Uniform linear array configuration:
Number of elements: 12
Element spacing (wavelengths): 0.75
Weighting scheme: exponential
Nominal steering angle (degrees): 60
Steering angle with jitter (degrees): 61.242
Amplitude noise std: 0.05
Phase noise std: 0.05

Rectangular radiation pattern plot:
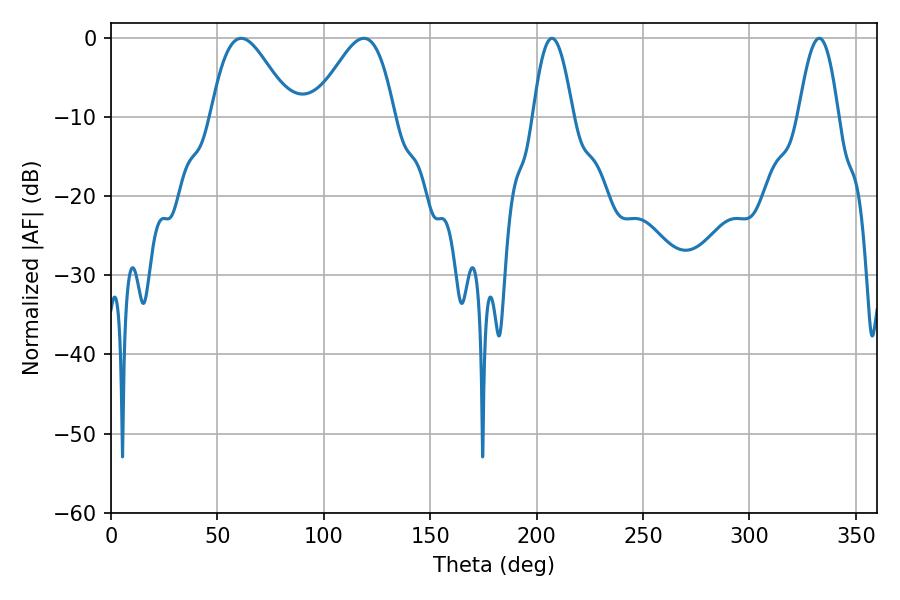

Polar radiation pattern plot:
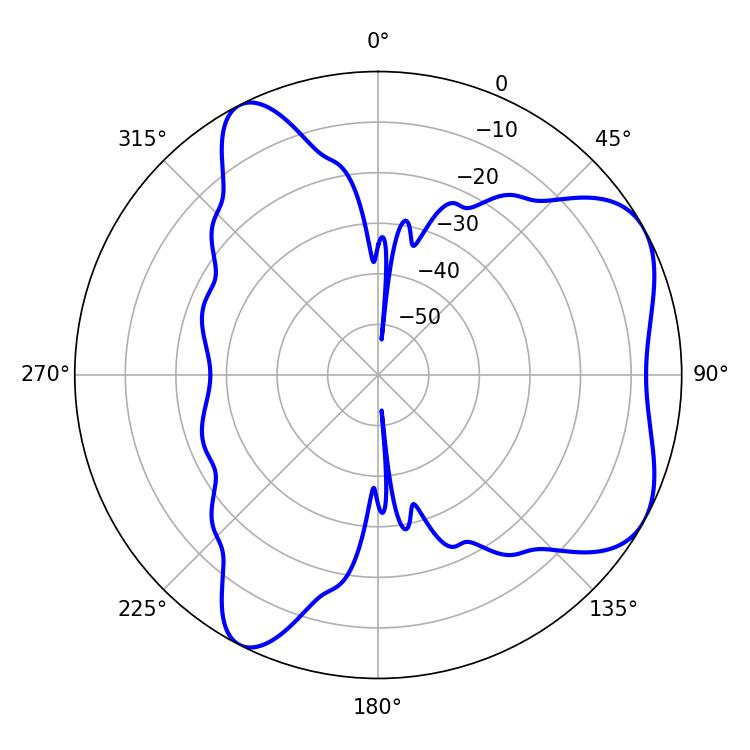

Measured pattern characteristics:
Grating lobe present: TRUE
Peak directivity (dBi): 5.76
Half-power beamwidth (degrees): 20.16
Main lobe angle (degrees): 61.2